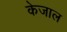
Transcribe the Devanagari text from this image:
केजाल